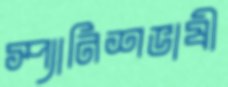
স্প্যানিশভাষী